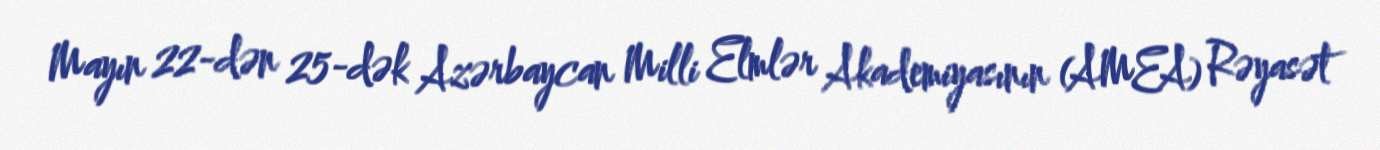
Mayın 22-dən 25-dək Azərbaycan Milli Elmlər Akademiyasının (AMEA) Rəyasət